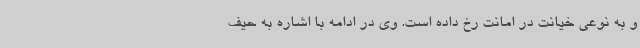
و به نوعی خیانت در امانت رخ داده است. وی در ادامه با اشاره به حیف